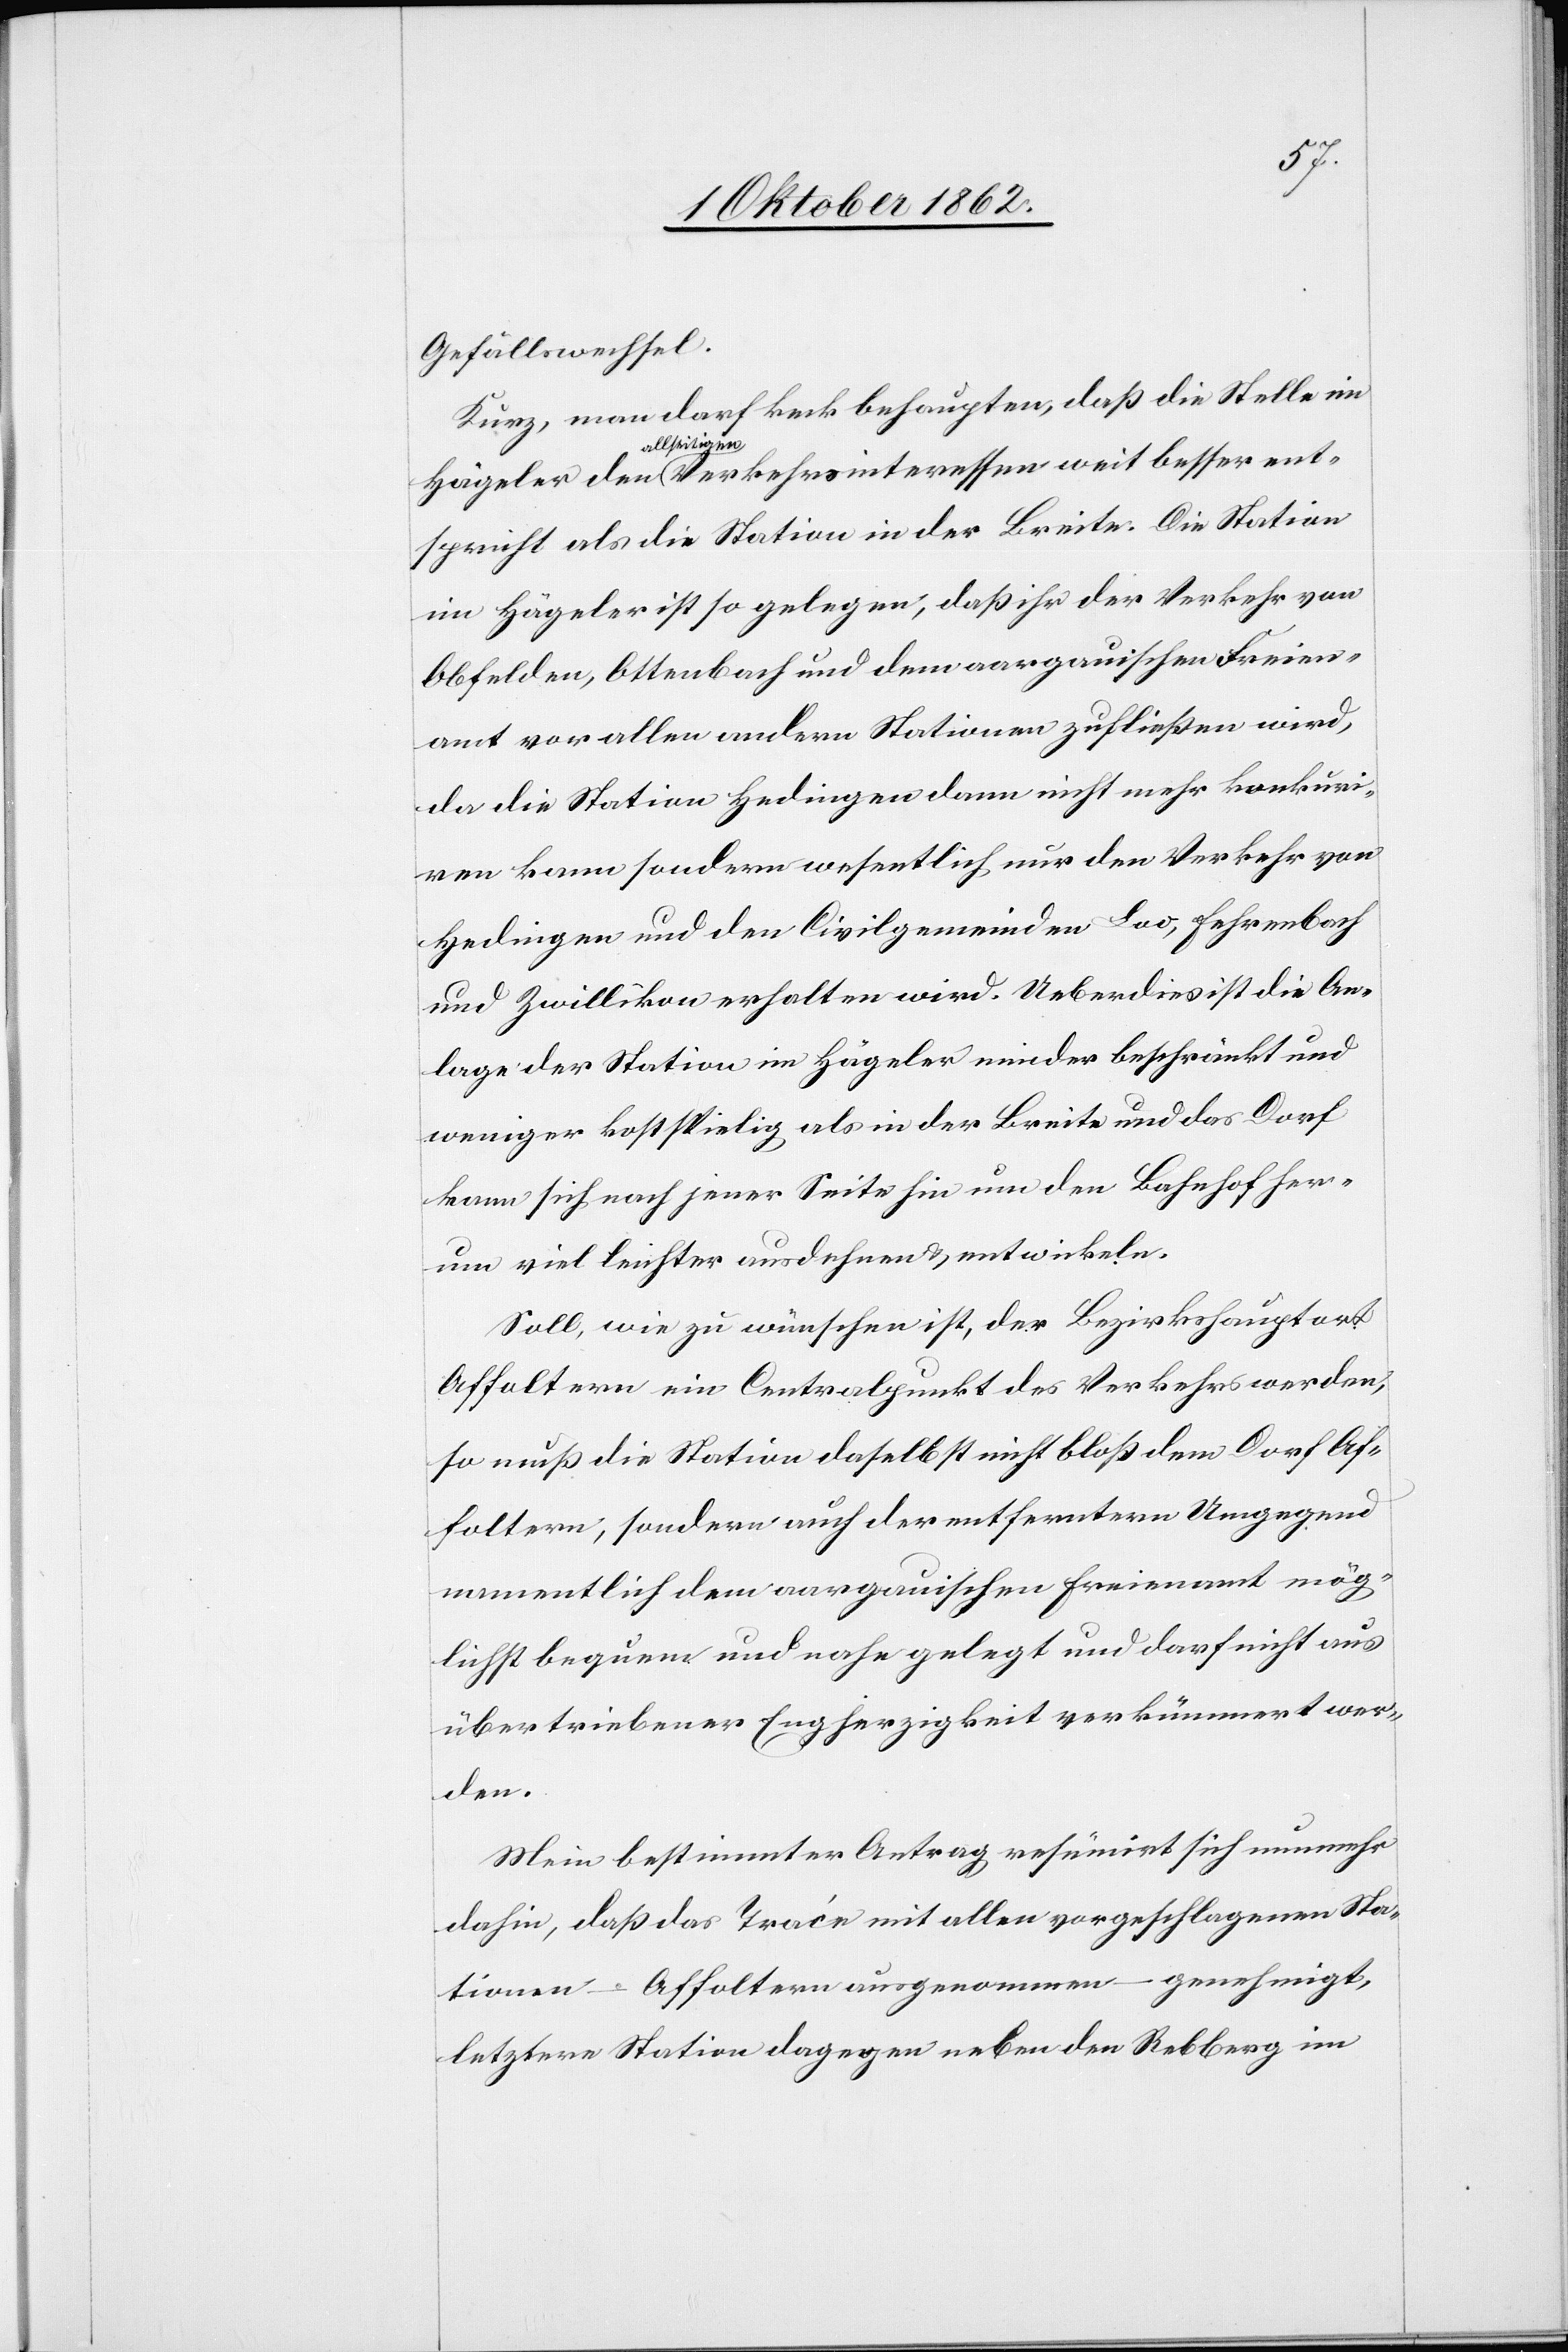
Gefällswechsel.
Kurz, man darf keck behaupten, daß die Stelle im
allseitigern
spricht als die Station in der Breite. Die Station
im Hägeler ist so gelegen, daß ihr der Verkehr von
Obfelden, Ottenbach und dem aargauischen Freien¬
amt vor allen andern Stationen zufließen wird,
da die Station Hedingen dann nicht mehr konkuri¬
ren kann sondern wesentlich nur den Verkehr von
Hedingen und den Civilgemeinden Loo, Fehrenbach
und Zwillikon erhalten wird. Ueberdies ist die An¬
lage der Station im Hägeler minder beschränkt und
weniger kostspielig als in der Breite und das Dorf
kann sich nach jener Seite hin um den Bahnhof her¬
um viel leichter ausdehnen u. entwickeln.
Soll, wie zu wünschen ist, der Bezirkshauptort
Affoltern ein Centralpunkt des Verkehrs werden,
so muß die Station daselbst nicht bloß dem Dorf Af¬
foltern, sondern auch der entferntern Umgegend
namentlich dem aargauischen Freienamt mög¬
lichst bequem und nahe gelegt und darf nicht aus
übertriebener Engherzigkeit verkümmert wer¬
den.
Mein bestimmter Antrag resümirt sich nunmehr
dahin, daß das Tracé mit allen vorgeschlagenen Sta¬
tionen – Affoltern ausgenommen – genehmigt,
letztere Station dagegen neben den Rebberg im